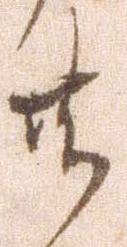
共